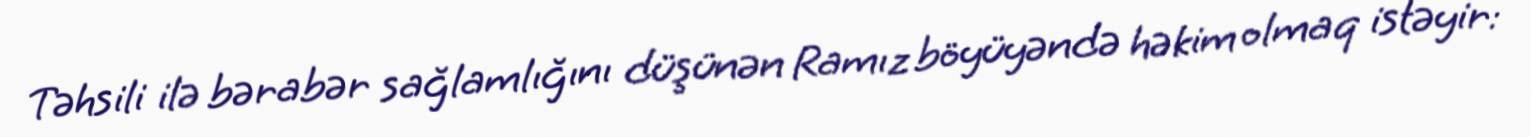
Təhsili ilə bərabər sağlamlığını düşünən Ramız böyüyəndə həkim olmaq istəyir: